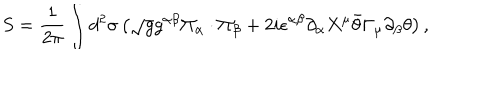
S = \frac { 1 } { 2 \pi } \int d ^ { 2 } \sigma \left( \sqrt { g } g ^ { \alpha \beta } \Pi _ { \alpha } \cdot \Pi _ { \beta } + 2 i \epsilon ^ { \alpha \beta } \partial _ { \alpha } X ^ { \mu } \bar { \theta } \Gamma _ { \mu } \partial _ { \beta } \theta \right) ,